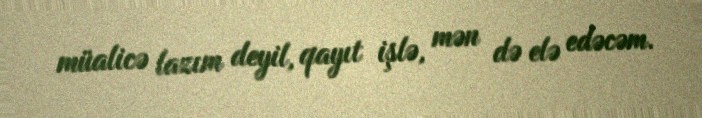
müalicə lazım deyil, qayıt işlə, mən də elə edəcəm.